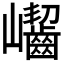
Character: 𡿖